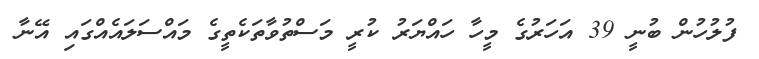
ފުލުހުން ބުނީ 39 އަހަރުގެ މީހާ ހައްޔަރު ކުރީ މަސްތުވާތަކެތީގެ މައްސަލައެއްގައި އޭނާ